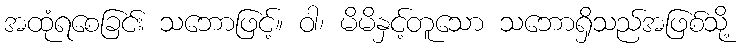
အထုံရစေခြင်း သဘောဖြင့်။ ဝါ၊ မိမိနှင့်တူသော သဘောရှိသည်အဖြစ်သို့